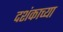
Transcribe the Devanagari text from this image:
दशंकाच्या